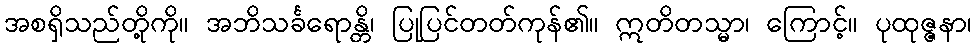
အစရှိသည်တို့ကို။ အဘိသင်္ခရောန္တိ၊ ပြုပြင်တတ်ကုန်၏။ ဣတိတသ္မာ၊ ကြောင့်။ ပုထုဇ္ဇနာ၊